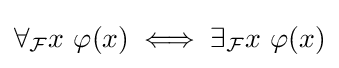
\forall _{\mathcal {F}}x\ \varphi (x)\iff \exists _{\mathcal {F}}x\ \varphi (x)